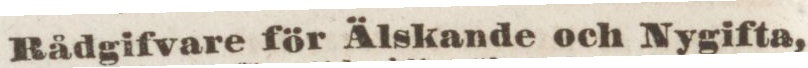
Rådgifvare för Älskande och Nygifta,